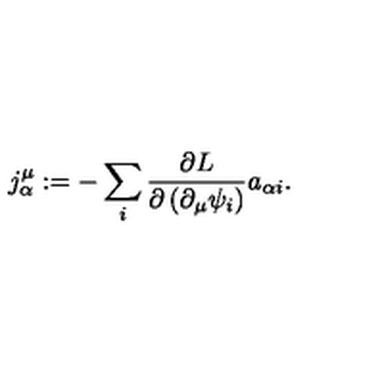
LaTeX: j _ { \alpha } ^ { \mu } : = - \sum _ { i } \frac { \partial L } { \partial \left( \partial _ { \mu } \psi _ { i } \right) } a _ { \alpha i } .